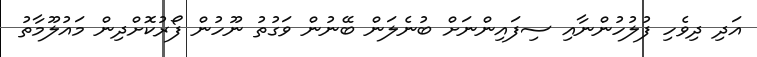
އަދި ދިވެހި ފުލުހުންނާއި ސިފައިންނަށް ބުނެލަން ބޭނުން ވަގުތު ނޫހުން ފޯރުކޮށްދިން މައުލޫމާތު